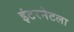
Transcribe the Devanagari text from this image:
इंटरनेटला